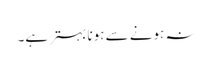
نہ ہونے سے ہونا بہتر ہے۔